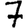
Digit: 7